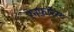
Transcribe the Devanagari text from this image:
रेनफ़ॉरेस्ट